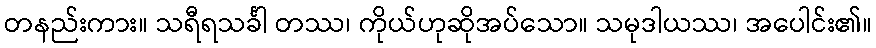
တနည်းကား။ သရီရသင်္ခါ တဿ၊ ကိုယ်ဟုဆိုအပ်သော။ သမုဒါယဿ၊ အပေါင်း၏။